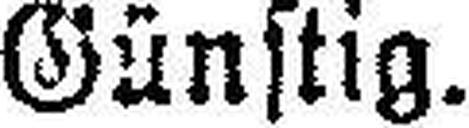
Günstig.